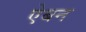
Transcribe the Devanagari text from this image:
ऐबन